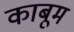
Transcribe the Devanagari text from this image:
काबूम